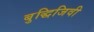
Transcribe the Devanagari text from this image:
बुद्धिजिवी